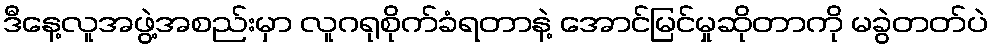
ဒီနေ့လူအဖွဲ့အစည်းမှာ လူဂရုစိုက်ခံရတာနဲ့ အောင်မြင်မှုဆိုတာကို မခွဲတတ်ပဲ